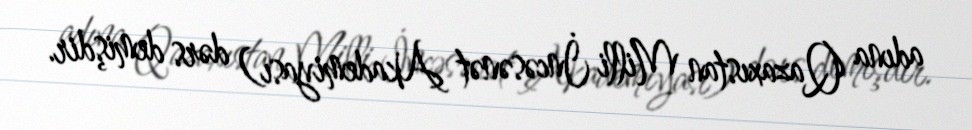
adına Qazaxıstan Milli İncəsənət Akademiyası) dərs demişdir.